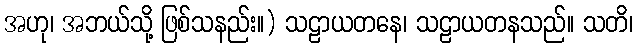
အဟု၊ အဘယ်သို့ ဖြစ်သနည်း။) သဠာယတနေ၊ သဠာယတနသည်။ သတိ၊